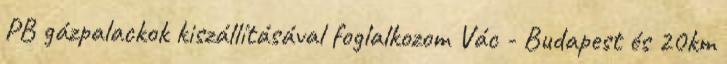
PB gázpalackok kiszállításával foglalkozom Vác - Budapest és 20km